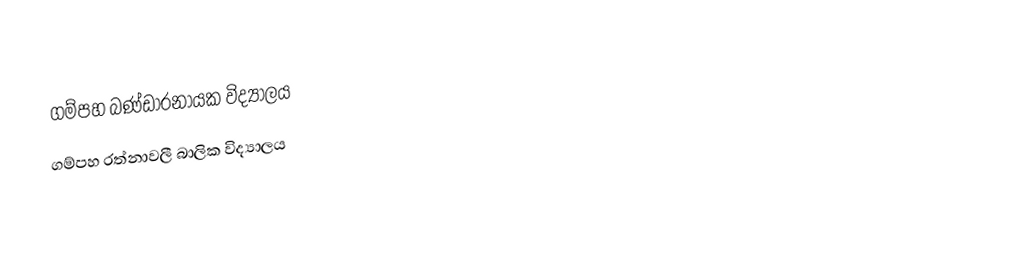
ගම්පහ බණ්ඩාරනායක විද්‍යාලය
ගම්පහ රත්නාවලී බාලික විද්‍යාලය